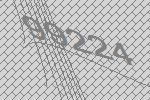
99224